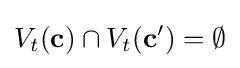
V_{t}(\mathbf {c} )\cap V_{t}(\mathbf {c} ')=\emptyset